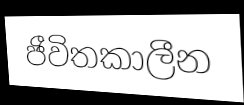
ජීවිතකාලීන